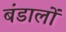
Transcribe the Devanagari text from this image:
बंडालों